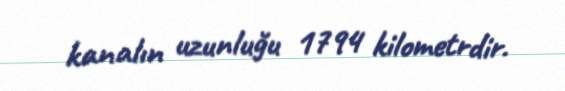
kanalın uzunluğu 1794 kilometrdir.